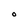
Character: O